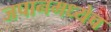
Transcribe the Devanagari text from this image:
जपानमध्येच